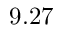
9 . 2 7